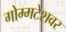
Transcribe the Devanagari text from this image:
गोम्मटेशवर